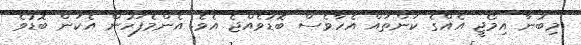
މިބުނާ އިމޯޖީ އެއްގެ ކަންތައް އެހާވެސް ބޮޑުވެއްޖެ އެވެ. އެންމެފަހުން އެކަން ބޮޑުވެ